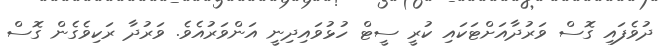
ދުވެފައި ގޮސް ވަރުދާއަށްޓަކައި ކުރީ ސީޓް ހުޅުވައިދިނީ އަންވަރުއެވެ. ވަރުދާ ރަކިވެގެން ގޮސް